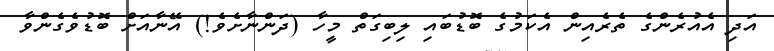
އަދި އެއުރެންގެ ތެރެއިން އެކަމުގެ ބޮޑުބައި ލިބިގަތް މީހާ (ދަންނާށެވެ!) އޭނާއަށް ބޮޑުވެގެންވާ